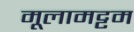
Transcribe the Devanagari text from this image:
मूलामट्टम